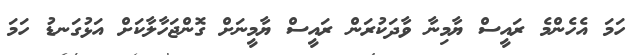
ހަމަ އެހެންމެ ރައީސް ޔާމިނާ ވާދަކުރަން ރައީސް ޔާމީނަށް ގޮންޖަހާލާކަށް އަޅުގަނޑު ހަމަ